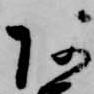
阿